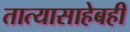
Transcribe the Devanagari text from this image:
तात्यासाहेबही